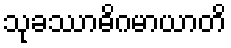
သုခဿာဓိဂမာယာတိ